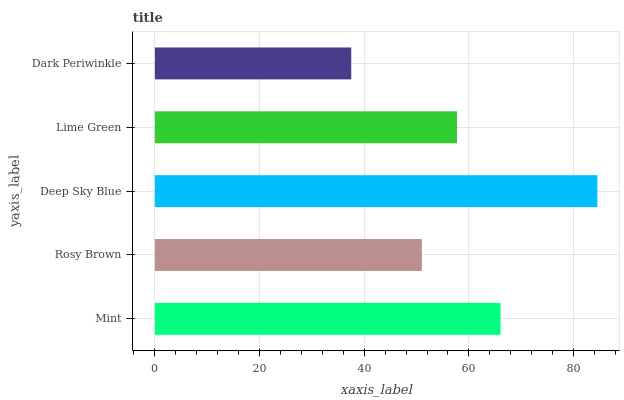
| yaxis_label | bars |
 | --- | --- |
 | Mint | 66 |
 | Rosy Brown | 51 |
 | Deep Sky Blue | 84.6 |
 | Lime Green | 57.7 |
 | Dark Periwinkle | 37.5 |